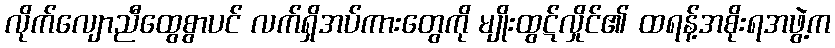
လိုက်လျောညီထွေစွာပင် လက်ရှိအပ်ကားတွေကို မျိုးထွဋ်လှိုင်၏ ထရန့်အစိုးရအဖွဲ့က